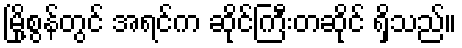
မြို့စွန်တွင် အရင်က ဆိုင်ကြီးတဆိုင် ရှိသည်။